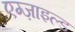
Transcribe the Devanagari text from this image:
एग्ज़ाइल्ड